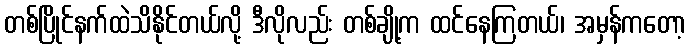
တစ်ပြိုင်နက်ထဲသိနိုင်တယ်လို့ ဒီလိုလည်း တစ်ချို့က ထင်နေကြတယ်၊ အမှန်ကတော့